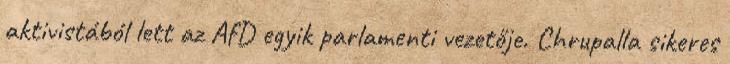
aktivistából lett az AfD egyik parlamenti vezetője. Chrupalla sikeres